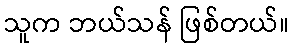
သူက ဘယ်သန် ဖြစ်တယ်။